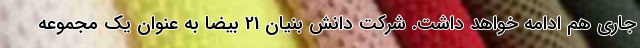
جاری هم ادامه خواهد داشت. شرکت دانش بنیان 21 بیضا به عنوان یک مجموعه